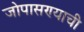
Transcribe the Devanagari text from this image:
जोपासण्याची